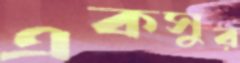
একসুর